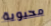
محبوبة